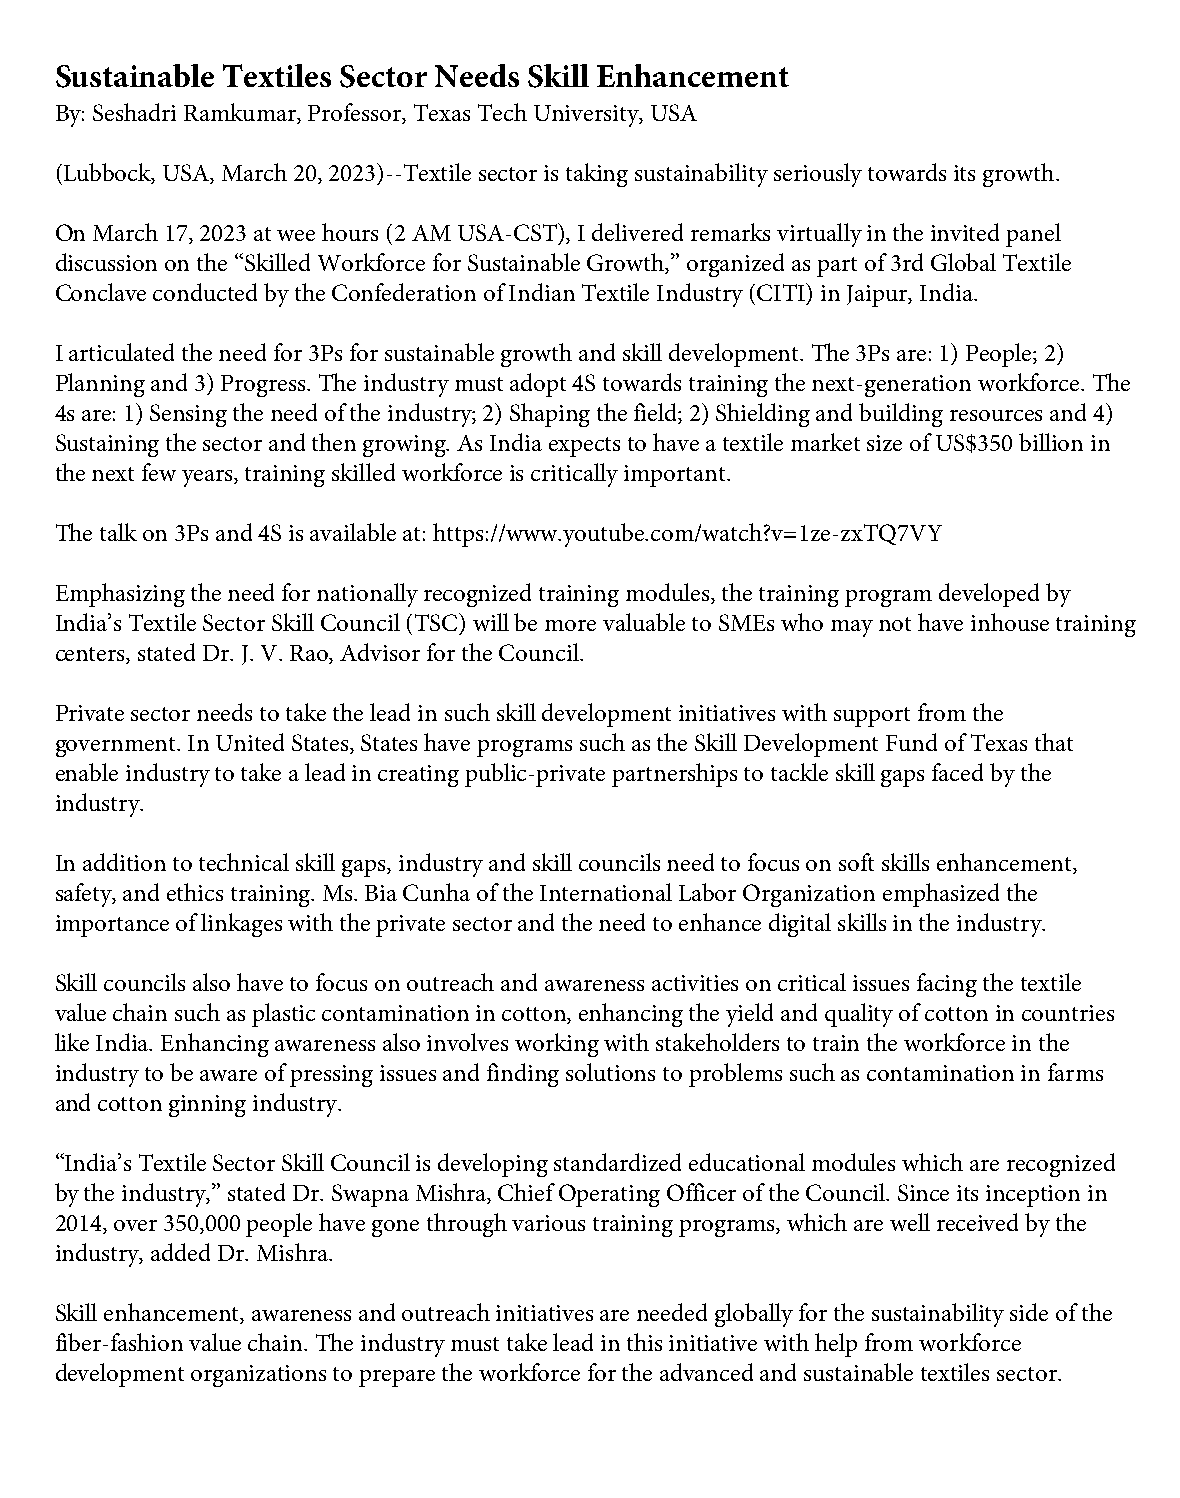
Sustainable Textiles Sector Needs Skill Enhancement
 By: Seshadri Ramkumar, Professor, Texas Tech University, USA
 (Lubbock, USA, March 20, 2023)--Textile sector is taking sustainability seriously towards its growth.
 On March 17, 2023 at wee hours (2 AM USA-CST), I delivered remarks virtually in the invited panel
 discussion on the “Skilled Workforce for Sustainable Growth,” organized as part of 3rd Global Textile
 Conclave conducted by the Confederation of Indian Textile Industry (CITI) in Jaipur, India.
 I articulated the need for 3Ps for sustainable growth and skill development. The 3Ps are: 1) People; 2)
 Planning and 3) Progress. The industry must adopt 4S towards training the next-generation workforce. The
 4s are: 1) Sensing the need of the industry; 2) Shaping the field; 2) Shielding and building resources and 4)
 Sustaining the sector and then growing. As India expects to have a textile market size of US$350 billion in
 the next few years, training skilled workforce is critically important.
 The talk on 3Ps and 4S is available at: https://www.youtube.com/watch?v=1ze-zxTQ7VY
 Emphasizing the need for nationally recognized training modules, the training program developed by
 India’s Textile Sector Skill Council (TSC) will be more valuable to SMEs who may not have inhouse training
 centers, stated Dr. J. V. Rao, Advisor for the Council.
 Private sector needs to take the lead in such skill development initiatives with support from the
 government. In United States, States have programs such as the Skill Development Fund of Texas that
 enable industry to take a lead in creating public-private partnerships to tackle skill gaps faced by the
 industry.
 In addition to technical skill gaps, industry and skill councils need to focus on soft skills enhancement,
 safety, and ethics training. Ms. Bia Cunha of the International Labor Organization emphasized the
 importance of linkages with the private sector and the need to enhance digital skills in the industry.
 Skill councils also have to focus on outreach and awareness activities on critical issues facing the textile
 value chain such as plastic contamination in cotton, enhancing the yield and quality of cotton in countries
 like India. Enhancing awareness also involves working with stakeholders to train the workforce in the
 industry to be aware of pressing issues and finding solutions to problems such as contamination in farms
 and cotton ginning industry.
 “India’s Textile Sector Skill Council is developing standardized educational modules which are recognized
 by the industry,” stated Dr. Swapna Mishra, Chief Operating Officer of the Council. Since its inception in
 2014, over 350,000 people have gone through various training programs, which are well received by the
 industry, added Dr. Mishra.
 Skill enhancement, awareness and outreach initiatives are needed globally for the sustainability side of the
 fiber-fashion value chain. The industry must take lead in this initiative with help from workforce
 development organizations to prepare the workforce for the advanced and sustainable textiles sector.